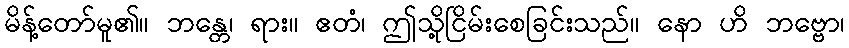
မိန့်တော်မူ၏။ ဘန္တေ၊ ရား။ ဧတံ၊ ဤသို့ငြိမ်းစေခြင်းသည်။ နော ဟိ ဘဗ္ဗော၊